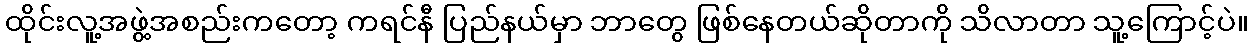
ထိုင်းလူ့အဖွဲ့အစည်းကတော့ ကရင်နီ ပြည်နယ်မှာ ဘာတွေ ဖြစ်နေတယ်ဆိုတာကို သိလာတာ သူ့ကြောင့်ပဲ။